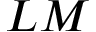
L M